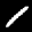
Label: 1